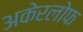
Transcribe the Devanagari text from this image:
अकेरलोफ